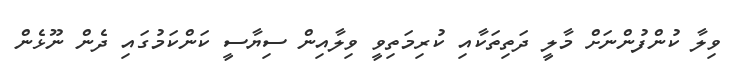
ވިލާ ކުންފުންނަށް މާލީ ދަތިތަކާއި ކުރިމަތިވީ ވިލާއިން ސިޔާސީ ކަންކަމުގައި ދެން ނޫޅެން